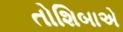
તોશિબાએ